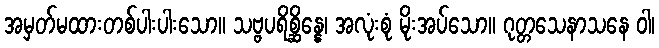
အမှတ်မထားတစ်ပါးပါးသော။ သဗ္ဗပရိစ္ဆိန္နေ၊ အလုံးစုံ မိုးအပ်သော။ ဂုတ္တသေနာသနေ ဝါ၊